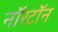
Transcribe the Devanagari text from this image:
नॉरटॉन